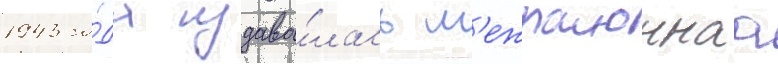
1943 го́да издава́лась м'ежраионнаа